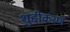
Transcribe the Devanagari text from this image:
शुद्दीकरण